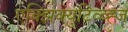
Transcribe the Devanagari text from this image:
एक्झिक्युटिव्व्ह्ज